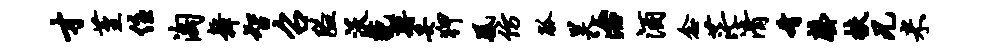
才堇住淘舞智召隘沃藐蒋妥狎凰仿觚昊治酒念茫清肴罄扶兄米